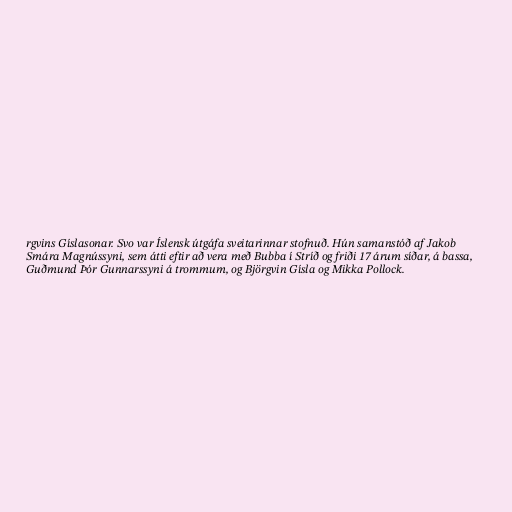
rgvins Gíslasonar. Svo var Íslensk útgáfa sveitarinnar stofnuð. Hún samanstóð af Jakob
Smára Magnússyni, sem átti eftir að vera með Bubba í Stríð og friði 17 árum síðar, á bassa,
Guðmund Þór Gunnarssyni á trommum, og Björgvin Gísla og Mikka Pollock.